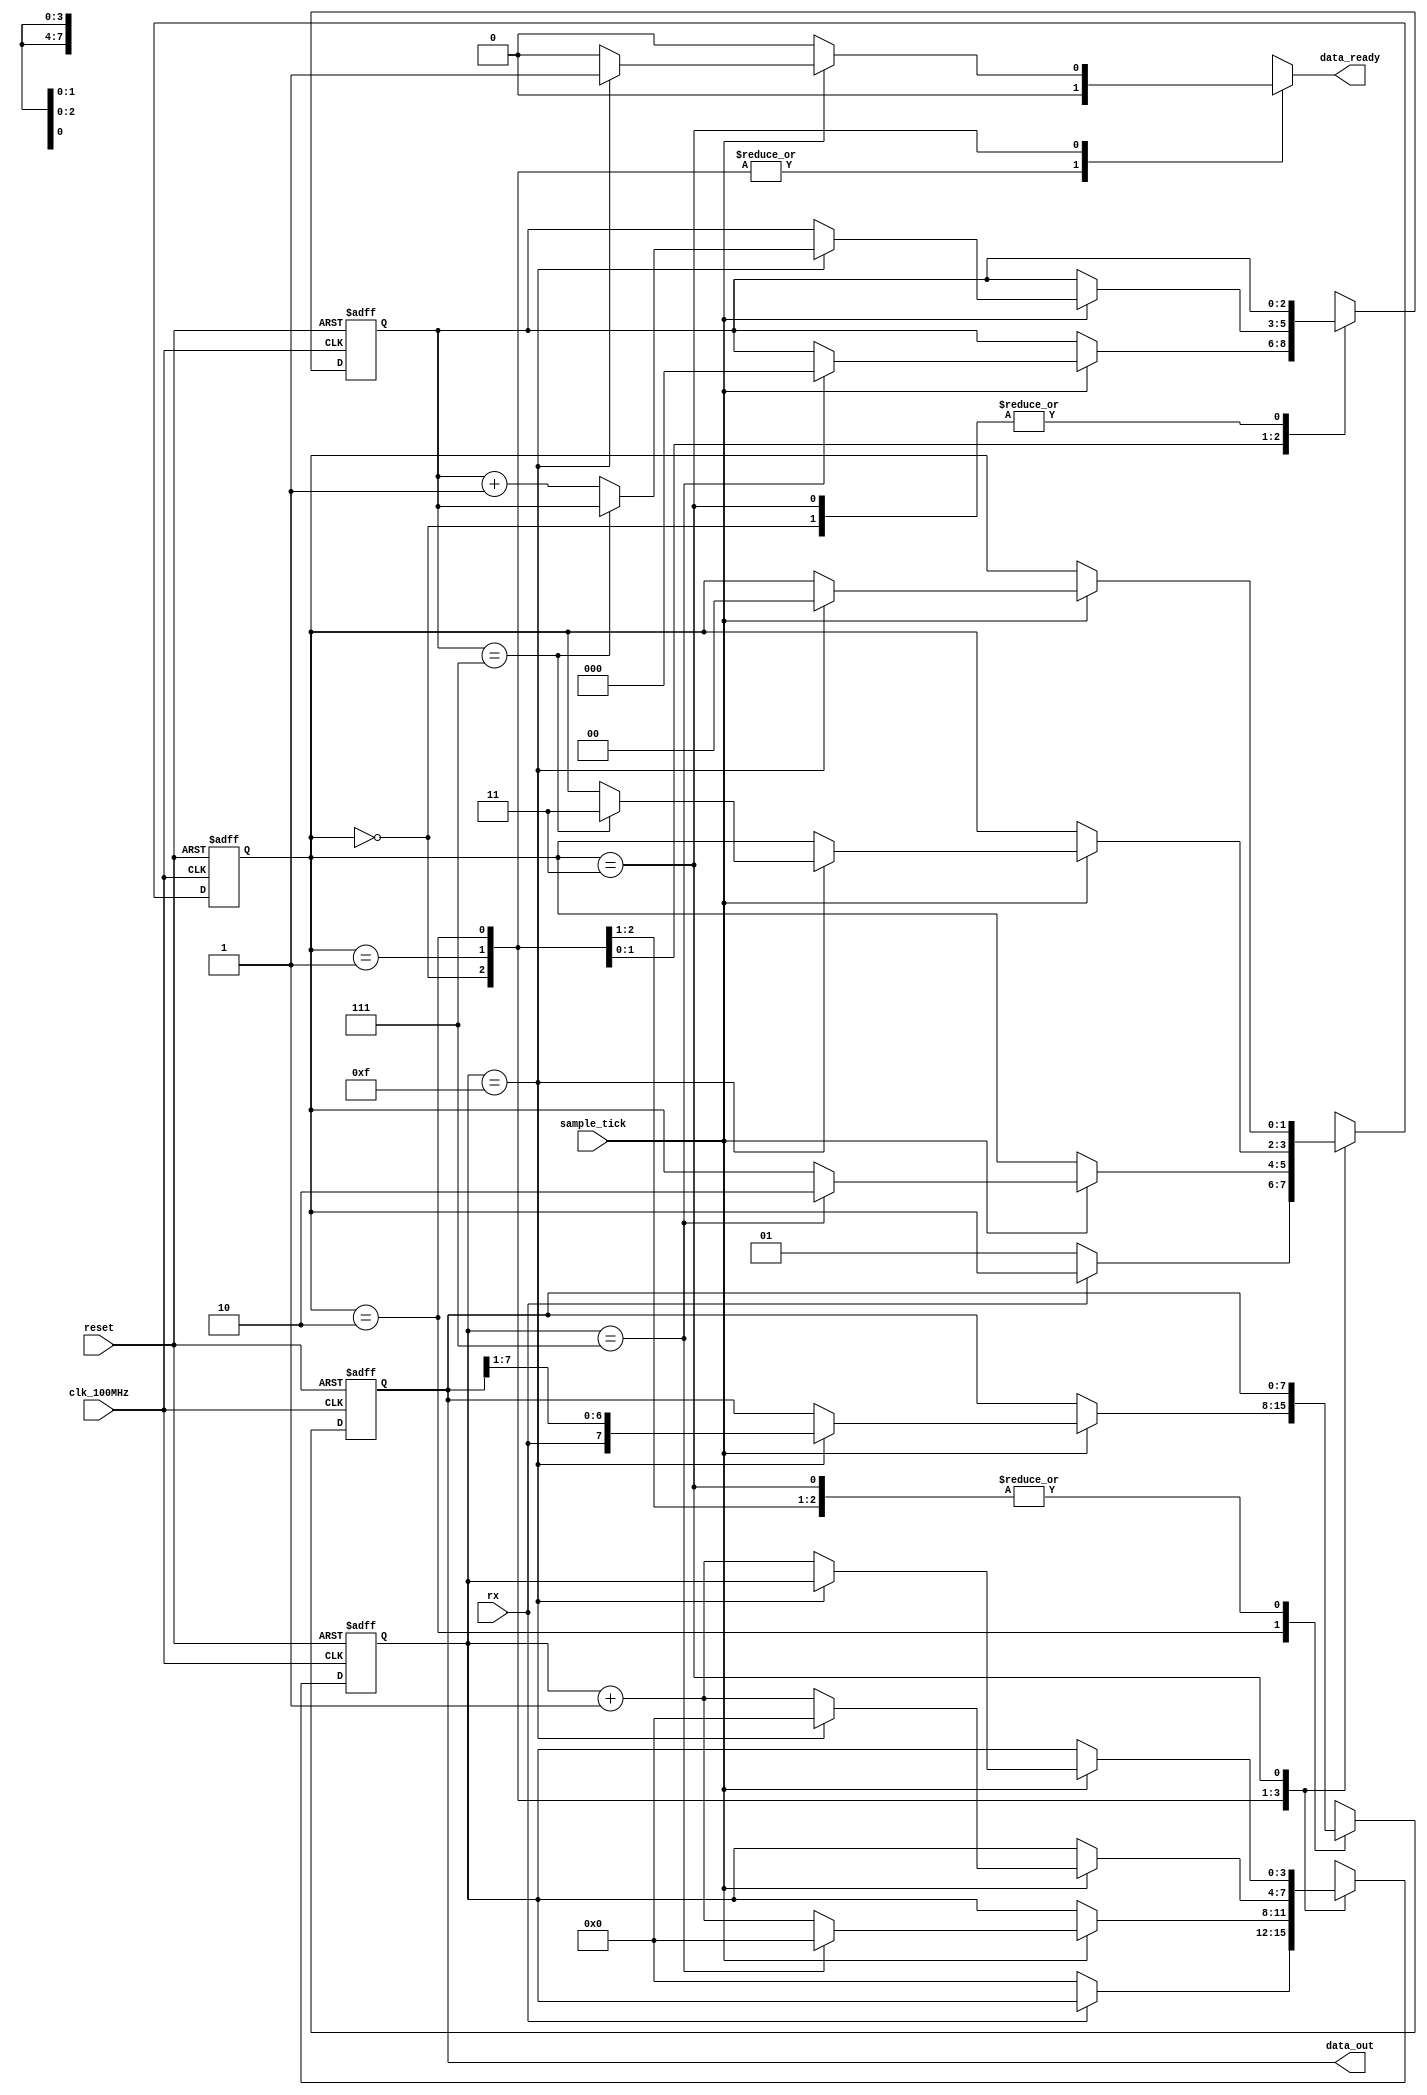
`timescale 1ns / 1ps
//////////////////////////////////////////////////////////////////////////////////
// Reference Book: FPGA Prototyping By Verilog Examples Xilinx Spartan-3 Version
// Authored by: Dr. Pong P. Chu
// Published by: Wiley
//
// Adapted for the Basys 3 Artix-7 FPGA by David J. Marion
//
// UART Receiver for the UART System
//
// Comments:
// - Many of the variable names have been changed for clarity
//////////////////////////////////////////////////////////////////////////////////

module uart_receiver
    #(
        parameter   DBITS = 8,          // number of data bits in a data word
                    SB_TICK = 16        // number of stop bit / oversampling ticks (1 stop bit)
    )
    (
        input clk_100MHz,               // basys 3 FPGA
        input reset,                    // reset
        input rx,                       // receiver data line
        input sample_tick,              // sample tick from baud rate generator
        output reg data_ready,          // signal when new data word is complete (received)
        output [DBITS-1:0] data_out     // data to FIFO
    );
    
    // State Machine States
    localparam [1:0] idle  = 2'b00,
                     start = 2'b01,
                     data  = 2'b10,
                     stop  = 2'b11;
    
    // Registers                 
    reg [1:0] state, next_state;        // state registers
    reg [3:0] tick_reg, tick_next;      // number of ticks received from baud rate generator
    reg [2:0] nbits_reg, nbits_next;    // number of bits received in data state
    reg [7:0] data_reg, data_next;      // reassembled data word
    
    // Register Logic
    always @(posedge clk_100MHz, posedge reset)
        if(reset) begin
            state <= idle;
            tick_reg <= 0;
            nbits_reg <= 0;
            data_reg <= 0;
        end
        else begin
            state <= next_state;
            tick_reg <= tick_next;
            nbits_reg <= nbits_next;
            data_reg <= data_next;
        end        

    // State Machine Logic
    always @* begin
        next_state = state;
        data_ready = 1'b0;
        tick_next = tick_reg;
        nbits_next = nbits_reg;
        data_next = data_reg;
        
        case(state)
            idle:
                if(~rx) begin               // when data line goes LOW (start condition)
                    next_state = start;
                    tick_next = 0;
                end
            start:
                if(sample_tick)
                    if(tick_reg == 7) begin
                        next_state = data;
                        tick_next = 0;
                        nbits_next = 0;
                    end
                    else
                        tick_next = tick_reg + 1;
            data:
                if(sample_tick)
                    if(tick_reg == 15) begin
                        tick_next = 0;
                        data_next = {rx, data_reg[7:1]};
                        if(nbits_reg == (DBITS-1))
                            next_state = stop;
                        else
                            nbits_next = nbits_reg + 1;
                    end
                    else
                        tick_next = tick_reg + 1;
            stop:
                if(sample_tick)
                    if(tick_reg == (SB_TICK-1)) begin
                        next_state = idle;
                        data_ready = 1'b1;
                    end
                    else
                        tick_next = tick_reg + 1;
        endcase                    
    end
    
    // Output Logic
    assign data_out = data_reg;

endmodule